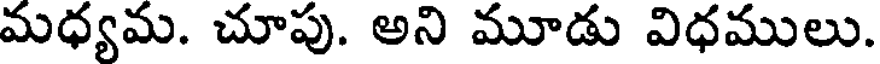
మధ్యమ. చూపు. అని మూడు విధములు.